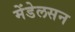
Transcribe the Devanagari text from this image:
मेंडेलसन